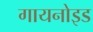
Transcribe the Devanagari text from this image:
गायनोइड